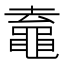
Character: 鼁